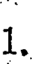
1.